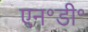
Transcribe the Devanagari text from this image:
एन॰डी॰